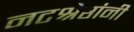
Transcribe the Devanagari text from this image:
नटश्रेष्ठांनी